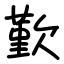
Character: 歏